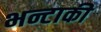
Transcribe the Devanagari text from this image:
भन्टाकी